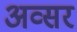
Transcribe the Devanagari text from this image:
अव्सर